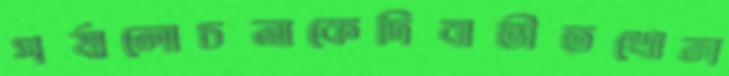
পর্যালোচনাকেদিবাভীতখোল